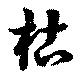
枯